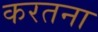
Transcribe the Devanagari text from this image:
करतना